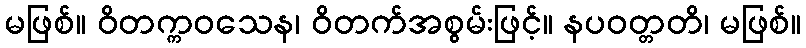
မဖြစ်။ ဝိတက္ကဝသေန၊ ဝိတက်အစွမ်းဖြင့်။ နပဝတ္တတိ၊ မဖြစ်။